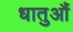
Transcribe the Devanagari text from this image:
धातुऔं